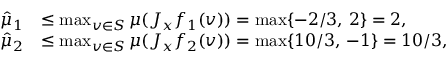
\begin{array} { r l } { \hat { \mu } _ { 1 } } & { \leq \operatorname* { m a x } _ { v \in S } \mu ( J _ { x } f _ { 1 } ( v ) ) = \operatorname* { m a x } \{ - 2 / 3 , \, 2 \} = 2 , } \\ { \hat { \mu } _ { 2 } } & { \leq \operatorname* { m a x } _ { v \in S } \mu ( J _ { x } f _ { 2 } ( v ) ) = \operatorname* { m a x } \{ 1 0 / 3 , \, - 1 \} = 1 0 / 3 , } \end{array}